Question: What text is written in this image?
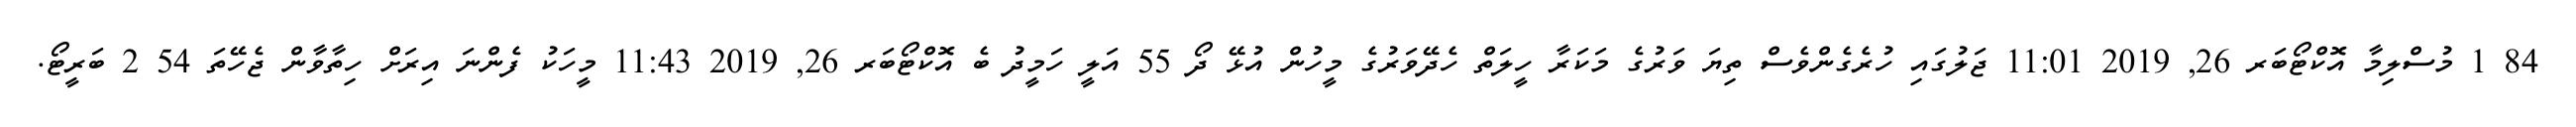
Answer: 84 1 މުސްލިމާ އޮކްޓޯބަރ 26, 2019 11:01 ޖަލުގައި ހުރެގެންވެސް ތިޔަ ވަރުގެ މަކަރާ ހީލަތް ހެދޭވަރުގެ މީހުން އުޅޭ ދޯ 55 އަލީ ހަމީދު ބެ އޮކްޓޯބަރ 26, 2019 11:43 މީހަކު ފެންނަ އިރަށް ހިތާވާން ޖެހޭތަ 54 2 ބަރީޓޯ.